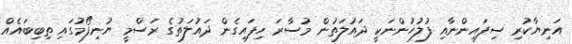
އަނިޔާކުރި ސިފައިންނާއި ފުލުހުންނަކީ ދައުލަތުން މުސާރަ ހިފައިގެން ދައުލަތުގެ ރަސްމީ ޔުނިފޯމުގައި ތިބިބައެއް